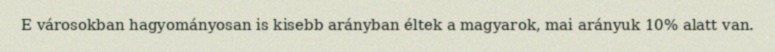
E városokban hagyományosan is kisebb arányban éltek a magyarok, mai arányuk 10% alatt van.